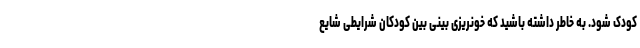
کودک شود. به خاطر داشته باشید که خونریزی بینی بین کودکان شرایطی شایع